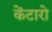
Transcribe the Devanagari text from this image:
केंटारो